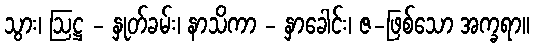
သွား၊ ဩဋ္ဌ - နှုတ်ခမ်း၊ နာသိကာ - နှာခေါင်း၊ ဇ-ဖြစ်သော အက္ခရာ။